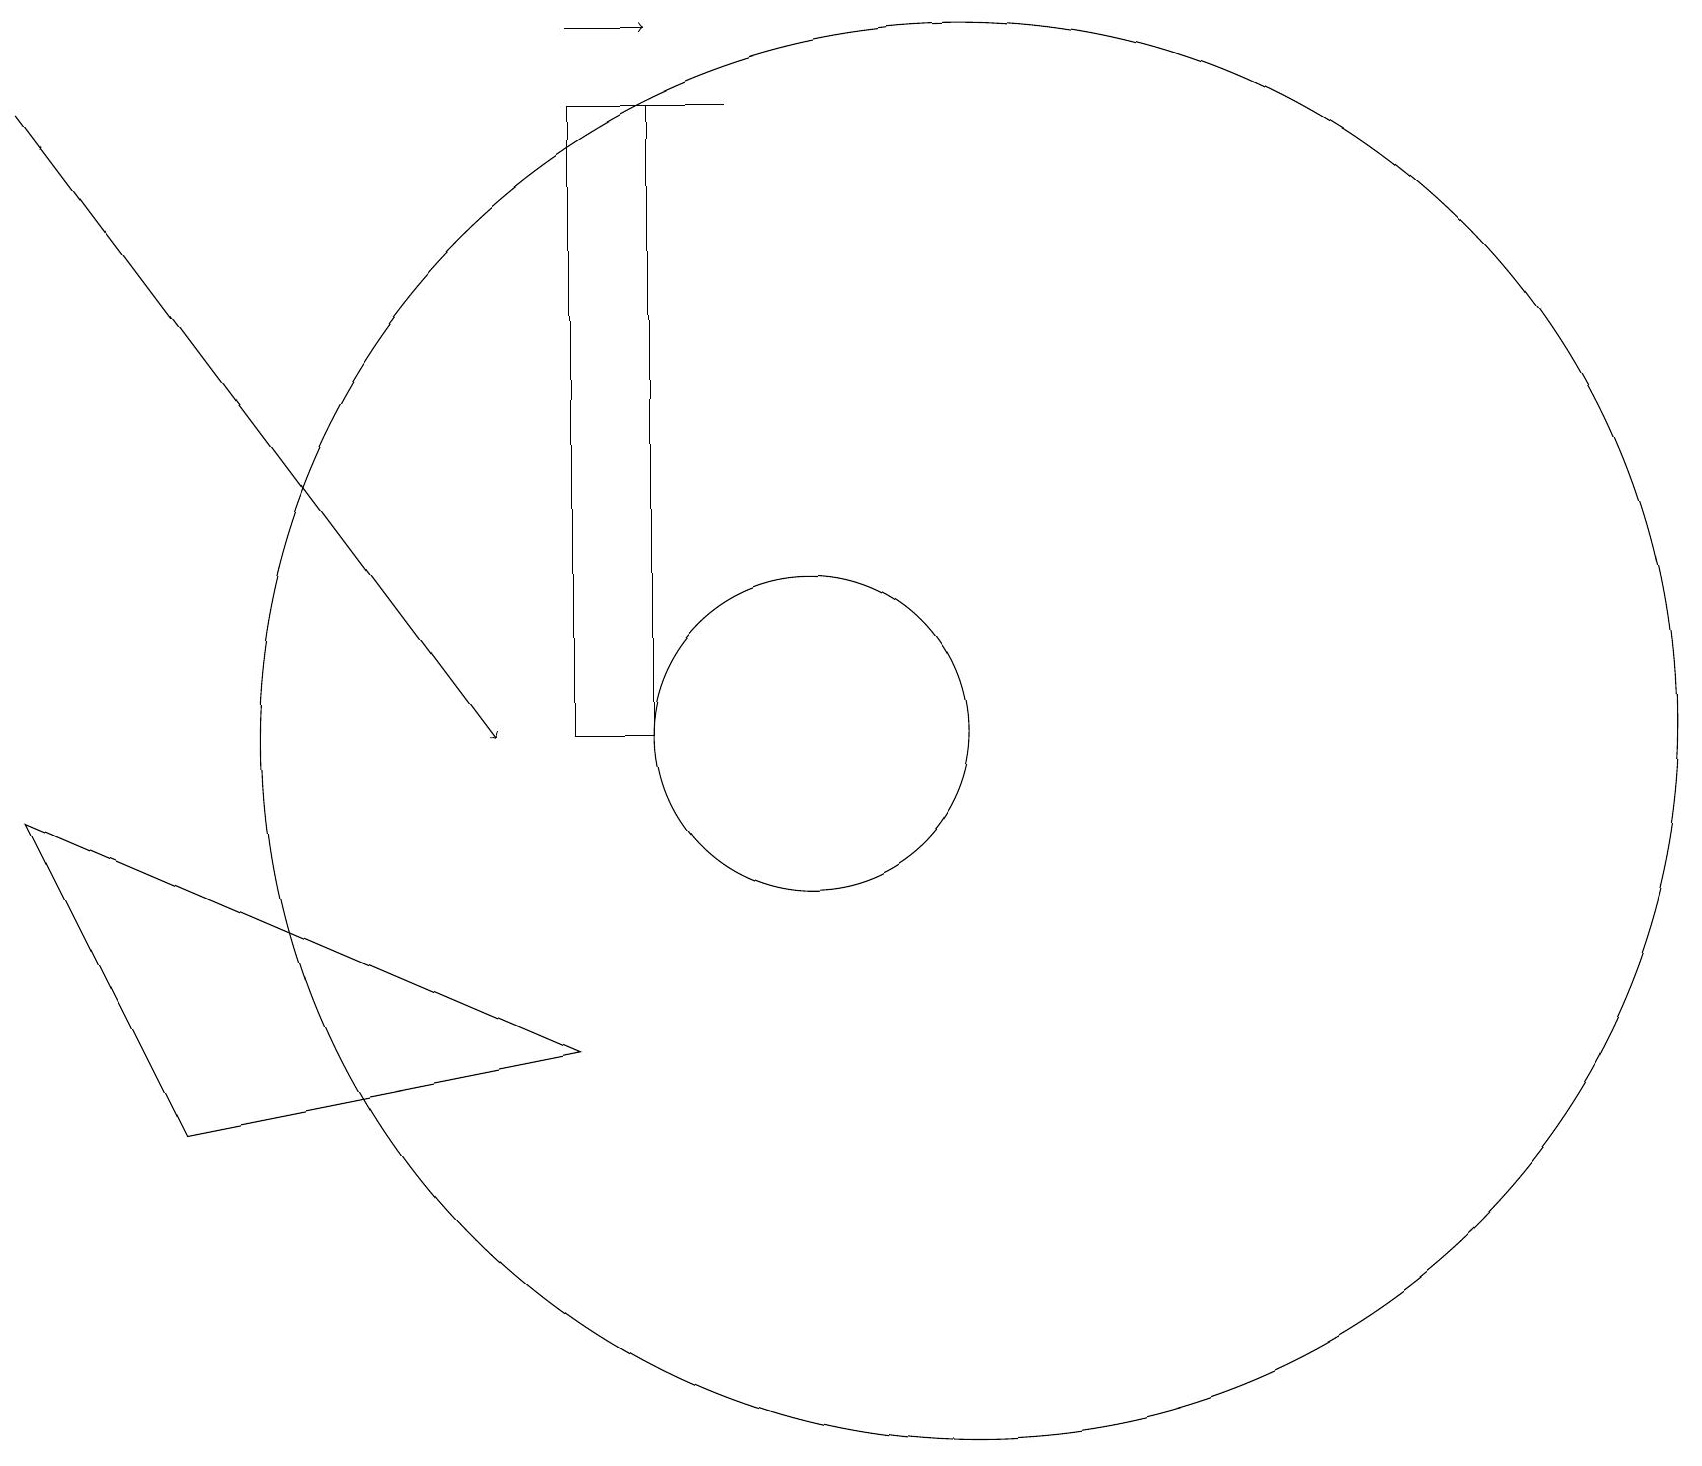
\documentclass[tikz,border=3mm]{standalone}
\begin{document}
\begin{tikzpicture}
\draw (12,10) circle (9);
\draw (7,10) rectangle (8,18);
\draw[->] (0,18) -- (6,10);
\draw (10,10) circle (2);
\draw[->] (7,19) -- (8,19);
\draw (8,18) rectangle (9,18);
\draw (7,6) -- (2,5) -- (0,9) -- cycle;
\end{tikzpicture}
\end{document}